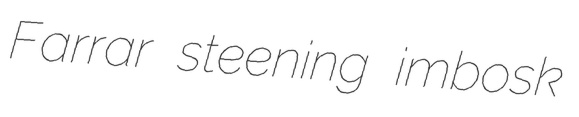
Farrar steening imbosk